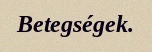
Betegségek.